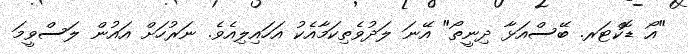
"އޯ ޑޮކްޓަރ. ބޭސްއަޅާ ދިނީތޯ" އޭނަ ލަދުވެތިކަމާއެކު އަހައިލިއެވެ. ނަރުހަށް އައުން ލަސްވީމަ